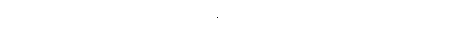
သိခြင်းဟူ၍လည်း။ ဝုစ္စတိ၊ ဆိုအပ်၏။ တံ၊ ထိုသို့ဆိုခြင်းသည်။ ရတ္တိယာ စ၊